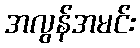
အလွန်အမင်း